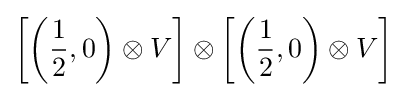
\left[\left({\frac {1}{2}},0\right)\otimes V\right]\otimes \left[\left({\frac {1}{2}},0\right)\otimes V\right]